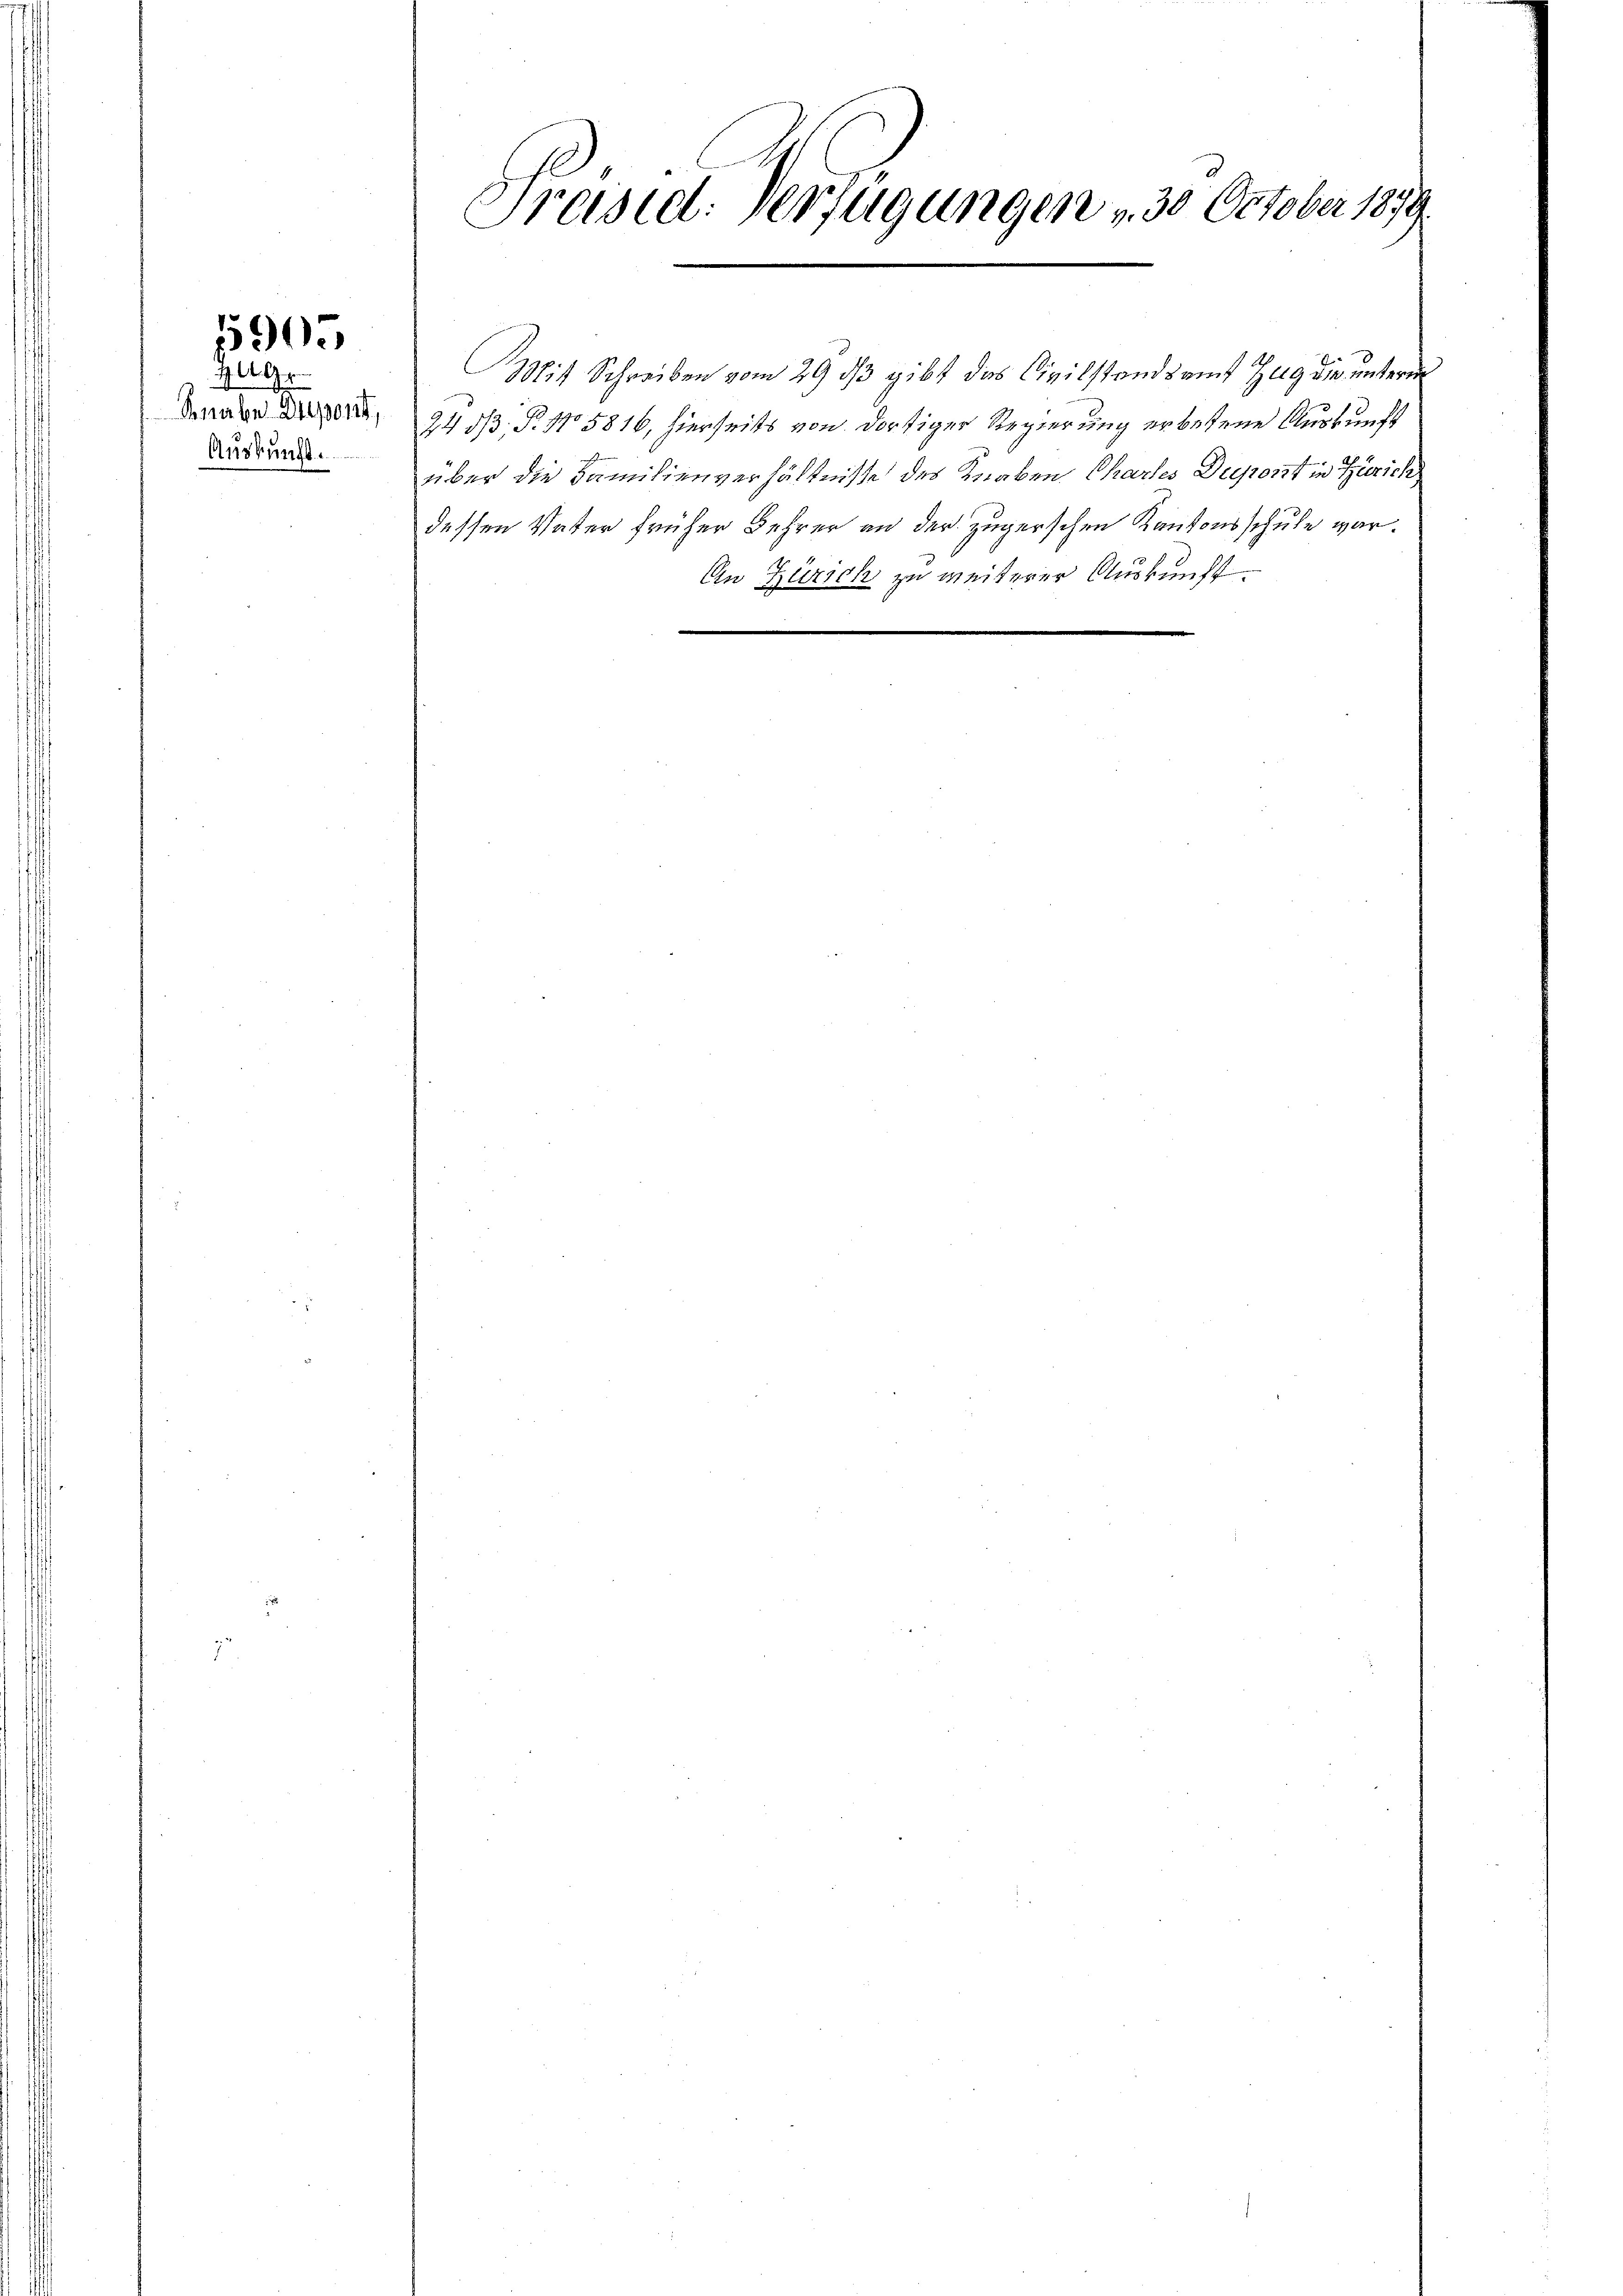
5905

190
Knabe Diesent,
Auskunft.

Preisiel. Verfügungen , 30 October 1879

über die Familienverhältnisse des Knaben Chartes Deront in Zürich
dessen Vater früher Lehrer an der zugerschen Kantonsschule war.
An Zürich zu weiterer Auskunft.

Mit Schreiben vom 29 dß gibt das Civilstandsamt Zug die unterm
24 53. P. No 5816, hierseits von dortiger Regierung erbetene Auskunft